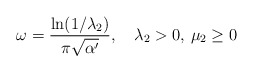
\begin{align*}\omega={{\ln(1/{\lambda_2})}\over{\pi\sqrt{\alpha'}}}, \quad{\lambda_2}>0,\,{\mu_2}\geq 0\end{align*}